Problem: 5 × 5 = ?
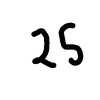
Handwritten answer: 25